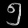
Digit: ၅